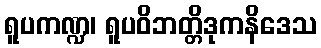
ရူပကဏ္ဍ၊ ရူပဝိဘတ္တိဒုကနိဒေသ